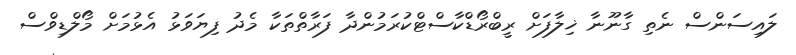
ލައިސަންސް ނެތި ގާނޫނާ ޚިލާފަށް ރީބްރޯޑްކާސްޓްކުރަމުންދާ ފަރާތްތަކާ މެދު ފިޔަވަޅު އެޅުމަށް މޯލްޑިވްސް